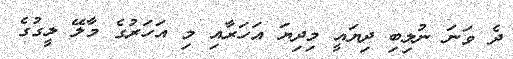
ދެ ވަނަ ނުލިބި ދިޔައީ މިދިޔަ އަހަރާއި މި އަހަރުގެ މާލޭ ލީގުގެ